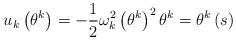
LaTeX: \begin{align*}u_{k}\left( \theta^{k}\right) =-\frac{1}{2}\omega_{k}^{2}\left( \theta^{k}\right) ^{2}\theta^{k}=\theta^{k}\left( s\right) \end{align*}